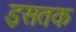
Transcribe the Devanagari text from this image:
इसतक